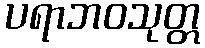
ပရာဘဝသုတ္တ